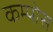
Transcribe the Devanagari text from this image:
कम्पोस